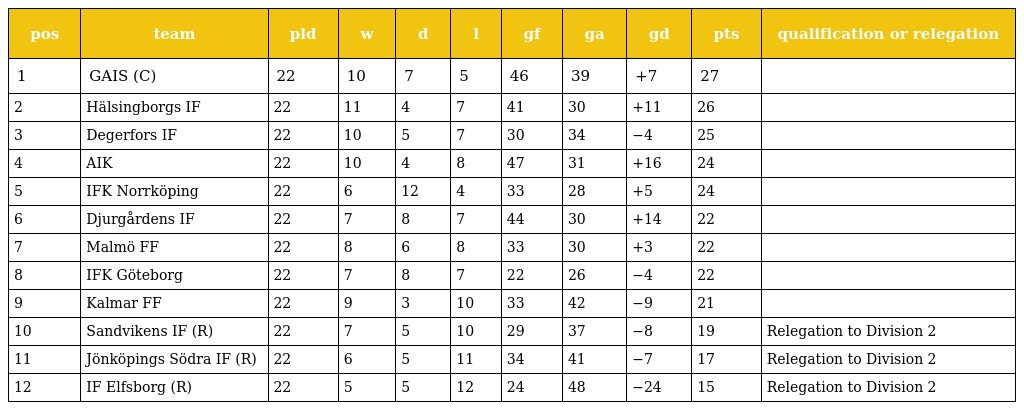
| pos | team | pld | w | d | l | gf | ga | gd | pts | qualification or relegation |
 | --- | --- | --- | --- | --- | --- | --- | --- | --- | --- | --- |
 | 1 | GAIS (C) | 22 | 10 | 7 | 5 | 46 | 39 | +7 | 27 |  |
 | 2 | Hälsingborgs IF | 22 | 11 | 4 | 7 | 41 | 30 | +11 | 26 |  |
 | 3 | Degerfors IF | 22 | 10 | 5 | 7 | 30 | 34 | −4 | 25 |  |
 | 4 | AIK | 22 | 10 | 4 | 8 | 47 | 31 | +16 | 24 |  |
 | 5 | IFK Norrköping | 22 | 6 | 12 | 4 | 33 | 28 | +5 | 24 |  |
 | 6 | Djurgårdens IF | 22 | 7 | 8 | 7 | 44 | 30 | +14 | 22 |  |
 | 7 | Malmö FF | 22 | 8 | 6 | 8 | 33 | 30 | +3 | 22 |  |
 | 8 | IFK Göteborg | 22 | 7 | 8 | 7 | 22 | 26 | −4 | 22 |  |
 | 9 | Kalmar FF | 22 | 9 | 3 | 10 | 33 | 42 | −9 | 21 |  |
 | 10 | Sandvikens IF (R) | 22 | 7 | 5 | 10 | 29 | 37 | −8 | 19 | Relegation to Division 2 |
 | 11 | Jönköpings Södra IF (R) | 22 | 6 | 5 | 11 | 34 | 41 | −7 | 17 | Relegation to Division 2 |
 | 12 | IF Elfsborg (R) | 22 | 5 | 5 | 12 | 24 | 48 | −24 | 15 | Relegation to Division 2 |